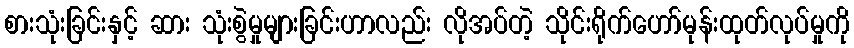
စားသုံးခြင်းနှင့် ဆား သုံးစွဲမှုများခြင်းဟာလည်း လိုအပ်တဲ့ သိုင်းရိုက်ဟော်မုန်းထုတ်လုပ်မှုကို